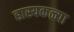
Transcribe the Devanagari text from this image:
हास्यकळ्या